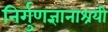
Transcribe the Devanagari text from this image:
निर्गुणज्ञानाश्रयी